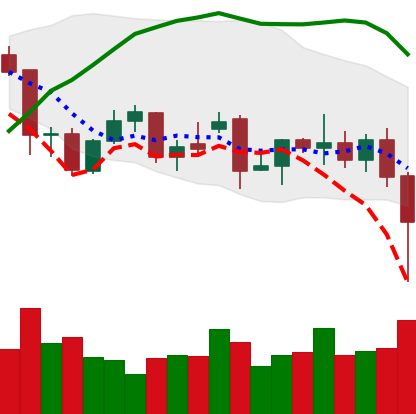
Ticker: XMR-USD
Chart end date: 2021-12-04
Forward return: -7.382%
Label: down_7plus